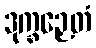
ဒုက္ခဉှေတံ